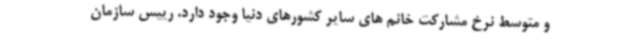
و متوسط نرخ مشارکت خانم های سایر کشورهای دنیا وجود دارد. رییس سازمان